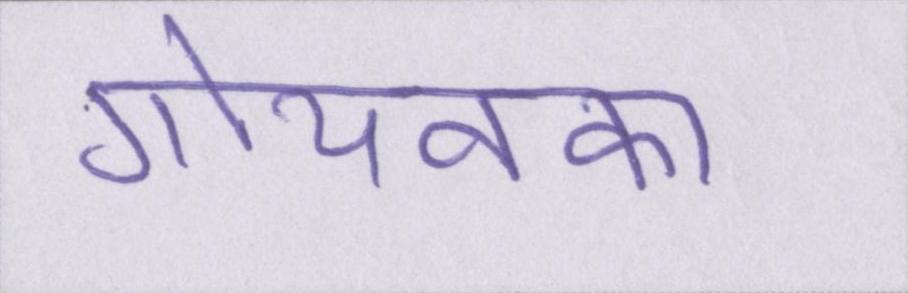
गोयनका